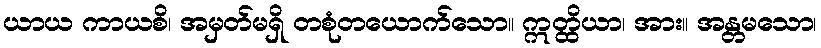
ယာယ ကာယစိ၊ အမှတ်မရှိ တစုံတယောက်သော။ ဣတ္ထိယာ၊ အား။ အန္တမသော၊